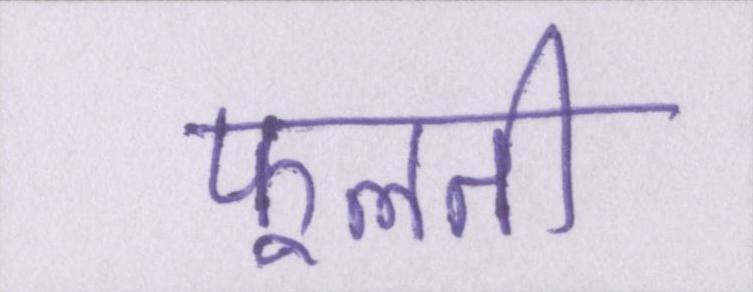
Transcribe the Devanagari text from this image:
फूलती